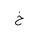
Letter: _kha